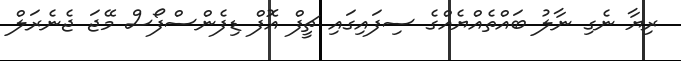
ރިޔާ ނެގި ނާލު ބައްތެއްޔެއްގެ ސިފައިގައި ޗީފް އޮފް ޑިފެންސްފޯސް މޭޖަ ޖެނެރަލް